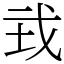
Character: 㦱